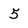
Character: 5